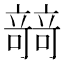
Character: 𥪼